Report on vaccination in Madras 1895-1903 - 1895-1903
Year: 1895
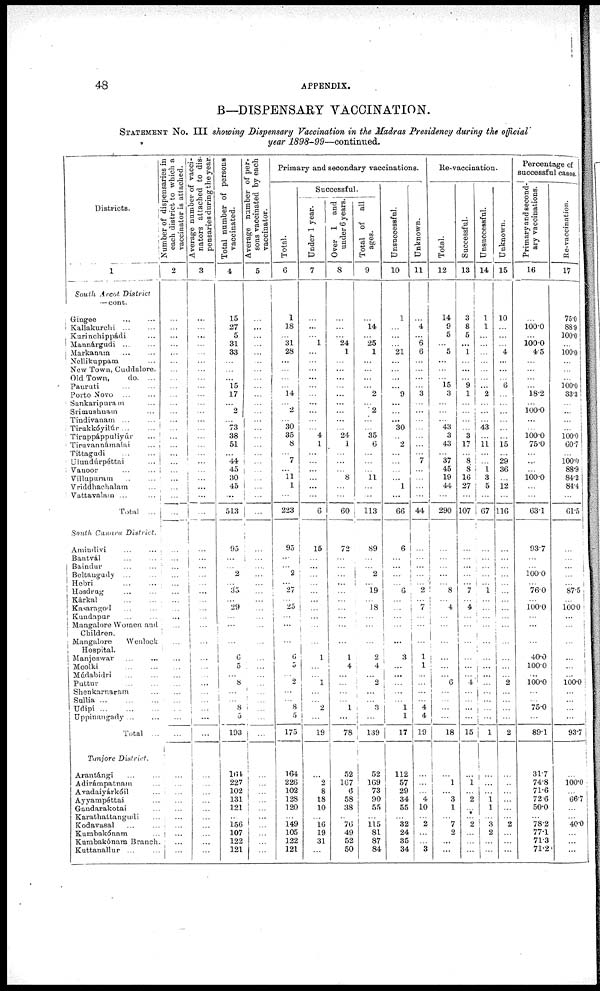
48
APPENDIX.
B—DISPENSARY VACCINATION.
STATEMENT No. III showing Dispensary Vaccination in the Madras Presidency during the official
year 1898-99—continued.
Districts.
1
South Arcot District
— cont.
Gingee ... ...
Kallakurchi
...
...
Kurinchippádi ...
Mannárgudi ... ...
Markanam ... ...
Nellikuppam ...
New Town, Cuddalore.
Old Town,
do. ...
Panruti ... ...
Porto Novo ... ...
Sankaripuram ...
Srimushnam ...
Tindivanam ... ...
Tirukkóyilúr ... ...
Tiruppáppuliyúr ...
Tiruvannámalai
...
Tittagudi
...
...
Ulundúrpéttai ...
Vanoor ... ...
Villupuram
...
...
Vriddhachalam ...
Vattavalam ... ...
Total ...
South Canara District.
Amindivi ... ...
Bantvál ... ...
Baindur ... ...
Beltangudy ... ...
Hebri
...
...
Hosdrug ... ...
Kárkal ... ...
Kasaragod ... ...
Kundapur ... ...
Mangalore Women and
Children.
Mangalore
Wenlock
Hospital.
Manjeswar ... ...
Moolki ... ...
Múdabidri ... ...
Puttur
...
...
Shenkarnaram ...
Sullia
...
...
...
Udipi
...
...
...
Uppinangady ... ...
Total ...
Tunjore District.
Arantángi ... ...
Adirámpatnam ...
Avadaiyárkóil ...
Ayyampéttai ...
Gandarakotai ...
Karathattangudi ...
Kodavasal ... ...
Kumbakónam ...
Kumbakónam Branch.
Kuttanallur ... ...
Number of dispensaries in
each district to which a
vaccinator is attached.
2
...
...
...
...
...
...
...
...
...
...
...
...
...
...
...
...
...
...
...
...
...
...
...
...
...
...
...
...
... ...
...
...
...
...
...
...
...
...
...
...
...
...
...
...
...
...
...
...
...
...
...
...
...
Average number of vacci-
nators attached to dis-
pensaries during the year.
3
...
...
...
...
...
...
...
...
...
...
...
...
...
...
...
...
...
...
...
...
...
...
...
...
...
...
...
...
...
...
...
...
...
...
...
...
...
...
...
...
...
...
...
...
...
...
...
...
...
...
...
...
...
Total number of persons
vaccinated.
4
15
27
5
31
33
...
...
...
15
17
...
2
...
73
38
51
...
44
45
30
45
...
513
95
...
...
2
...
35
...
29
...
...
...
6 5
...
8
...
... 8
5
193
164
227
102
131
121
...
156
107
122
121
Average number of per-
sons vaccinated by each
vaccinator.
5
...
...
...
...
...
...
...
...
...
...
...
...
...
...
...
...
...
...
...
...
...
...
...
...
...
...
...
...
...
...
...
...
...
...
...
...
...
...
...
...
...
...
...
...
... ...
...
...
...
...
...
...
...
Primary and secondary vaccinations.
Total.
6
1
18
...
31
28
...
...
...
...
14
...
2
...
30
35
8
...
7
...
11
1
...
223
95
...
...
2
...
27
...
25
...
...
...
6
5
...
2
...
...
8
5
175
164
226
102
128
120
...
149
105
122
121
Successful.
Under 1 year.
7
...
...
...
1
...
...
...
...
...
...
...
...
...
...
4
1
...
...
...
...
...
...
6
15
...
...
...
...
...
...
...
...
...
...
1
...
...
1
...
...
2
...
19
...
2
8
18
10
...
16
19
31
...
Over 1 and
under 6 years.
8
...
...
...
24
1
...
...
...
...
...
...
...
...
...
24
1
...
...
...
8
...
...
60
72
...
...
...
...
...
...
...
...
...
...
1
4
...
...
...
...
1
...
78
52
167
6
58
38
...
76
49
52
50
Total of all
ages.
9
...
14
...
25
1
...
...
...
...
2
...
2
...
...
35
6
...
...
...
11
...
...
113
89
...
... 2
...
19
...
18
...
...
...
2
4
...
2
...
...
3
...
139
52
169
73
90
55
...
115
81
87
84
Unsuccessful.
10
1
...
...
...
21
...
...
...
...
9
...
...
... 30
...
2
...
...
...
...
1
...
66
6
...
...
...
...
6
...
...
...
...
...
3
...
...
...
...
... 1
1
17
112
57
29
34
55
...
32
24
35
34
Unknown.
11
...
4
...
6
6
...
...
...
...
3
...
...
...
...
...
...
...
7
...
...
...
...
44
...
...
...
...
... 2
...
7
...
...
...
1
1
...
...
...
...
4
4
19
...
...
...
4
10
...
2
...
...
3
Re-vaccination.
Total.
12
14
9
5
... 5
...
...
...
15
3
...
...
...
43
3
43
...
37
45
19
44
...
290
...
...
...
...
...
8
...
4
...
...
...
...
...
...
6
...
...
...
...
18
...
1
...
3
1
...
7
2
...
...
Successful.
13
3
8
5
... 1
...
...
...
9
1
...
...
...
...
3
17
...
8
8
16
27
...
107
...
...
...
...
... 7
...
4
...
...
...
...
...
...
4
...
...
...
...
15
...
1
...
2
...
...
2
...
...
...
Unsuccessful.
14
1
1
...
...
...
...
...
...
...
2
...
...
...
43
...
11
...
...
1 3
5
...
67
...
...
...
...
... 1
...
...
...
...
...
...
...
...
...
...
...
...
...
1
...
...
...
1 1
...
3
2
...
...
Unknown.
15
10
...
...
...
4
...
...
...
6
...
...
...
...
...
...
15
...
29
36
...
12
...
116
...
...
...
...
...
...
...
...
...
...
...
...
...
...
2
...
...
...
...
2
...
...
...
...
...
...
2
...
...
...
Percentage of
successful cases.
Primary and second-
ary vaccinations.
16
...
100.0
...
100.0
4.5
...
...
...
...
18.2
...
100.0
...
...
100.0
75.0
...
...
...
100.0
...
...
63.1
93.7
...
...
100.0
...
76.0
...
100.0
...
...
...
40.0
100.0
...
100.0
...
...
75.0
...
89.1
31.7
74.8
71.6
72.6
50.0
...
78.2
77.1
71.3
71.2
Re-vaccination.
17
75.0
88.9
100.0
...
100.0
...
...
...
100.0
33.3
...
...
...
...
100.0
60.7
...
100.0
88.9
84.2
84.4
...
61.5
...
...
...
...
...
87.5
...
100.0
...
...
...
...
...
...
100.0
...
...
...
...
93.7
...
100.0
...
66.7
...
...
40.0
...
...
...